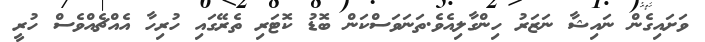
ވަށައިގެން ނައިޝާ ނަޒަރު ހިންގާލިއެވެ.ތަނަވަސްކަން ބޮޑު ކޮޓަރި ތެރޭގައި ހުރިހާ އެއްޗެއްވެސް ހުރީ